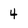
Character: 4